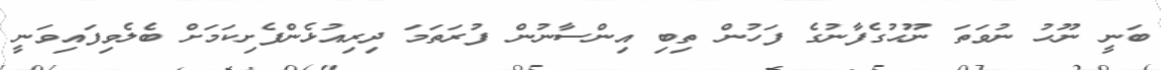
ބަނީ ނޫޙު ނުވަތަ ނޫޙުގެފާނުގެ ފަހުން ތިބި އިންސާނުން ފުރަތަމަ ދިރިއުޅެންފެށިކަމަށް ބެލެވިފައިވަނީ